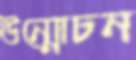
উন্মোচন